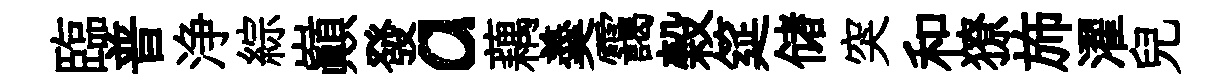
臨普浄綜巔發a藕羮靄榖筵储突和獠斾濯兒